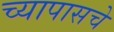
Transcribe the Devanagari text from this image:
च्यापासचे